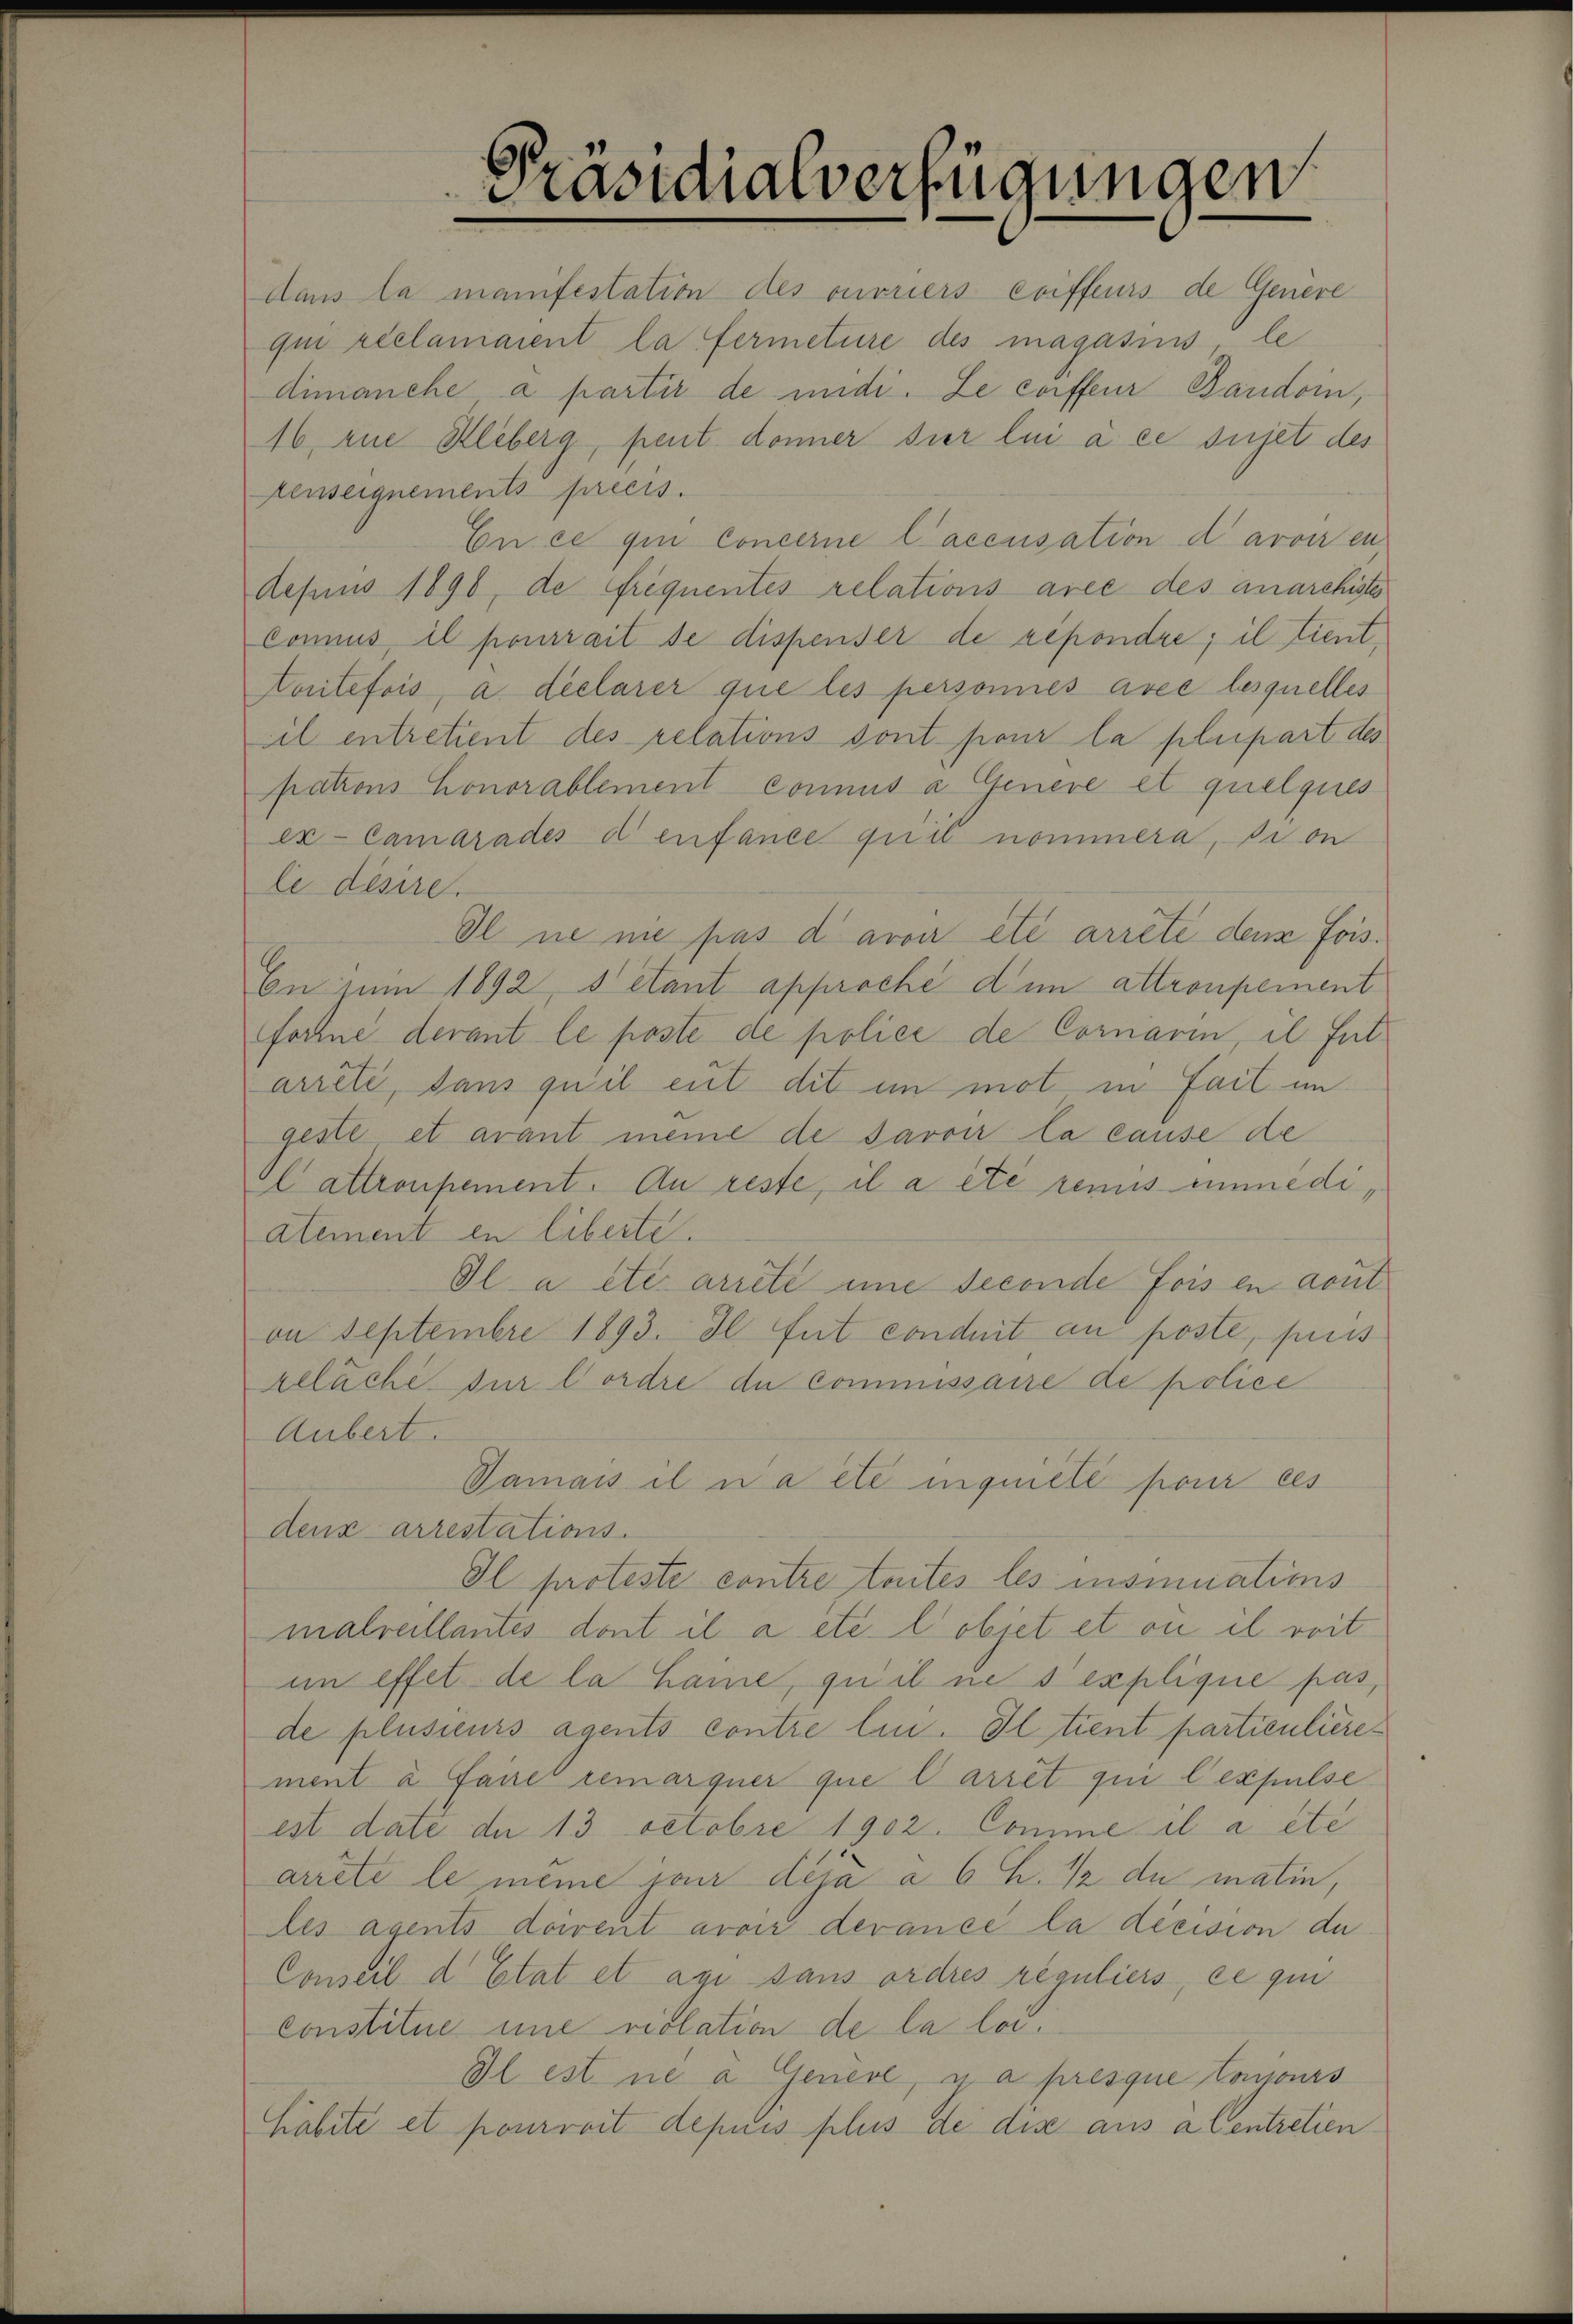
Präsidialverfügungen

dans la manifestation des ouvriers Coiffeurs de Genere
qui réclamarent la fermeture des magasins, le
dimanche a partir de midi. Le corffeur Baudoin,
16 eine Kleiberg, pent donner dier lui à ce sujet des
Aenseignementsprecis.
En ce qui Concerne l’accusation d avoir en
depuis 1890, de Frequentes relationsaree des anarchiste
Connus, il pourrait de dispenser de repondre; il tient,
toritefois, à declarer que les personnes avec lesquelles
eil entretient des relations sont pour la plupart des
pations Honorablement connus a Genere et quelques
ex- Camerades denfance quit nommera, si on
le desire.
Il ne ne pas davon etc arrête den Fois¬
En zum 1892, 8 etant approche dem attronpement
forhne derant le poste de police de Cornarin, il fut
arrêté, sans quil eut dit in mot in fait ungeste et avant meine de savoir la cause de
l attronpement. An reste, il a été renis eimmedi¬
Atement en liberte.
Il a etc. arrete eine seconde fois en avut
on Septembre 1893. Il fut conduit an poste, puis
zeläche sur l’ordre du commissaire de police
Aubert.
Vamais il n’a été inquiele pour ces
denz arrestations.
Il proteste contre toites les insmuations
malreillantes dont il a etc. l obiet et ou il reit
im effet de la hame, qu il ne s explique pas,
de plusieurs agents contre lin. Il tient partientiere
ment à farei remarquer que l’arrêt qui l’expulse
est date de 13 Octobre 1902. Comme il a été
arrete le meine ja dera à 6 Z. ½ du matin,
des agents doivent avoir devancé la décision du
Conseil d. Etat et agi sans ordres reguliers, ce qui
constitue une rislation de la loi.
Il est ne a Genere, u a presque toujours
Habite et pourvoit depuis plus de dis aus alentretien